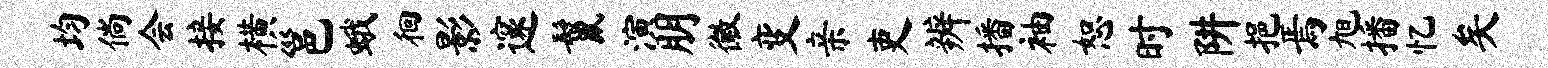
均倘会接横邕蛾徊影邃鬣演朋徽变亲吏辨播袖恕时阱挹焉旭播忆矣